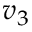
v _ { 3 }